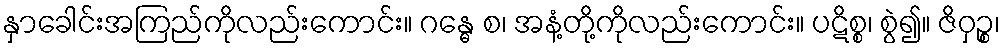
နှာခေါင်းအကြည်ကိုလည်းကောင်း။ ဂန္ဓေ စ၊ အနံ့တို့ကိုလည်းကောင်း။ ပဋိစ္စ၊ စွဲ၍။ ဇိဝှဉ္စ၊